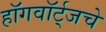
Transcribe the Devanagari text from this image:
हॉगवॉर्ट्‌जचे